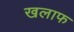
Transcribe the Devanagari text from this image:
खलाफ